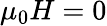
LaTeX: \mu_{0}H=0